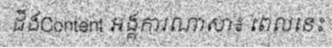
ដឹងContent អង្គការណាសា៖ ពេលនេះ